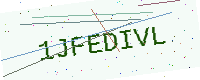
Text: 1JFEDIVL